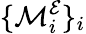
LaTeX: \{ \mathcal{M}_{i}^{\mathcal{E}}\} _{i}